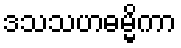
ဒသသဟဓမ္မိကာ